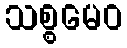
သစ္စမေဝ